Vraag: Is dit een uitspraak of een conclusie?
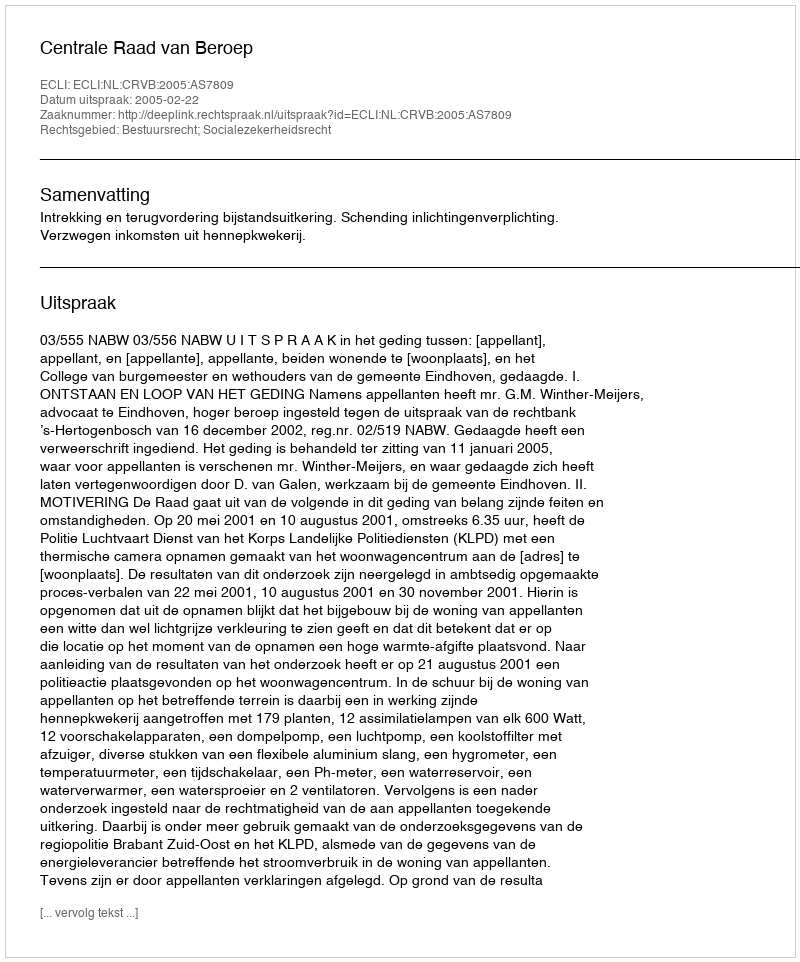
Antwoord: Uitspraak